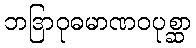
ဘဒြာဝုဓမာဏဝပုစ္ဆာ